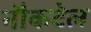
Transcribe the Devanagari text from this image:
नौकटेल